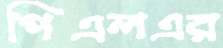
পিএলএর